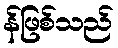
န်ဖြစ်သည်